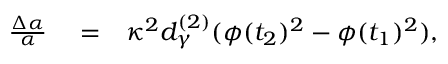
\begin{array} { r l r } { \frac { \Delta \alpha } { \alpha } } & { { } = } & { \kappa ^ { 2 } d _ { \gamma } ^ { ( 2 ) } ( \phi ( t _ { 2 } ) ^ { 2 } - \phi ( t _ { 1 } ) ^ { 2 } ) , } \end{array}